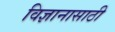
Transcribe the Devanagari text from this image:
विज्ञानासाठी